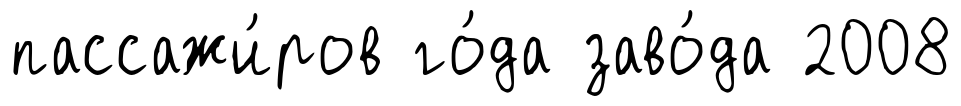
пассажи́ров го́да заво́да 2008